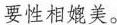
要性相媲美。